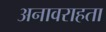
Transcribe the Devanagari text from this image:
अनावराहता